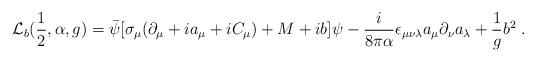
LaTeX: \begin{align*}{\cal L}_b(\frac{1}{2},\alpha,g)= \bar\psi [ \sigma_\mu (\partial_\mu + i a_\mu+ i C_\mu ) + M + ib ] \psi - \frac{i}{8 \pi \alpha} \epsilon_{\mu \nu \lambda} a_\mu \partial_\nu a_\lambda+ \frac{1}{g}b^2\;.\end{align*}